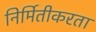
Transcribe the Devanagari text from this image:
निर्मितीकरता